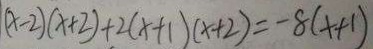
( x - 2 ) ( x + 2 ) + 2 ( x + 1 ) ( x + 2 ) = - 8 ( x + 1 )